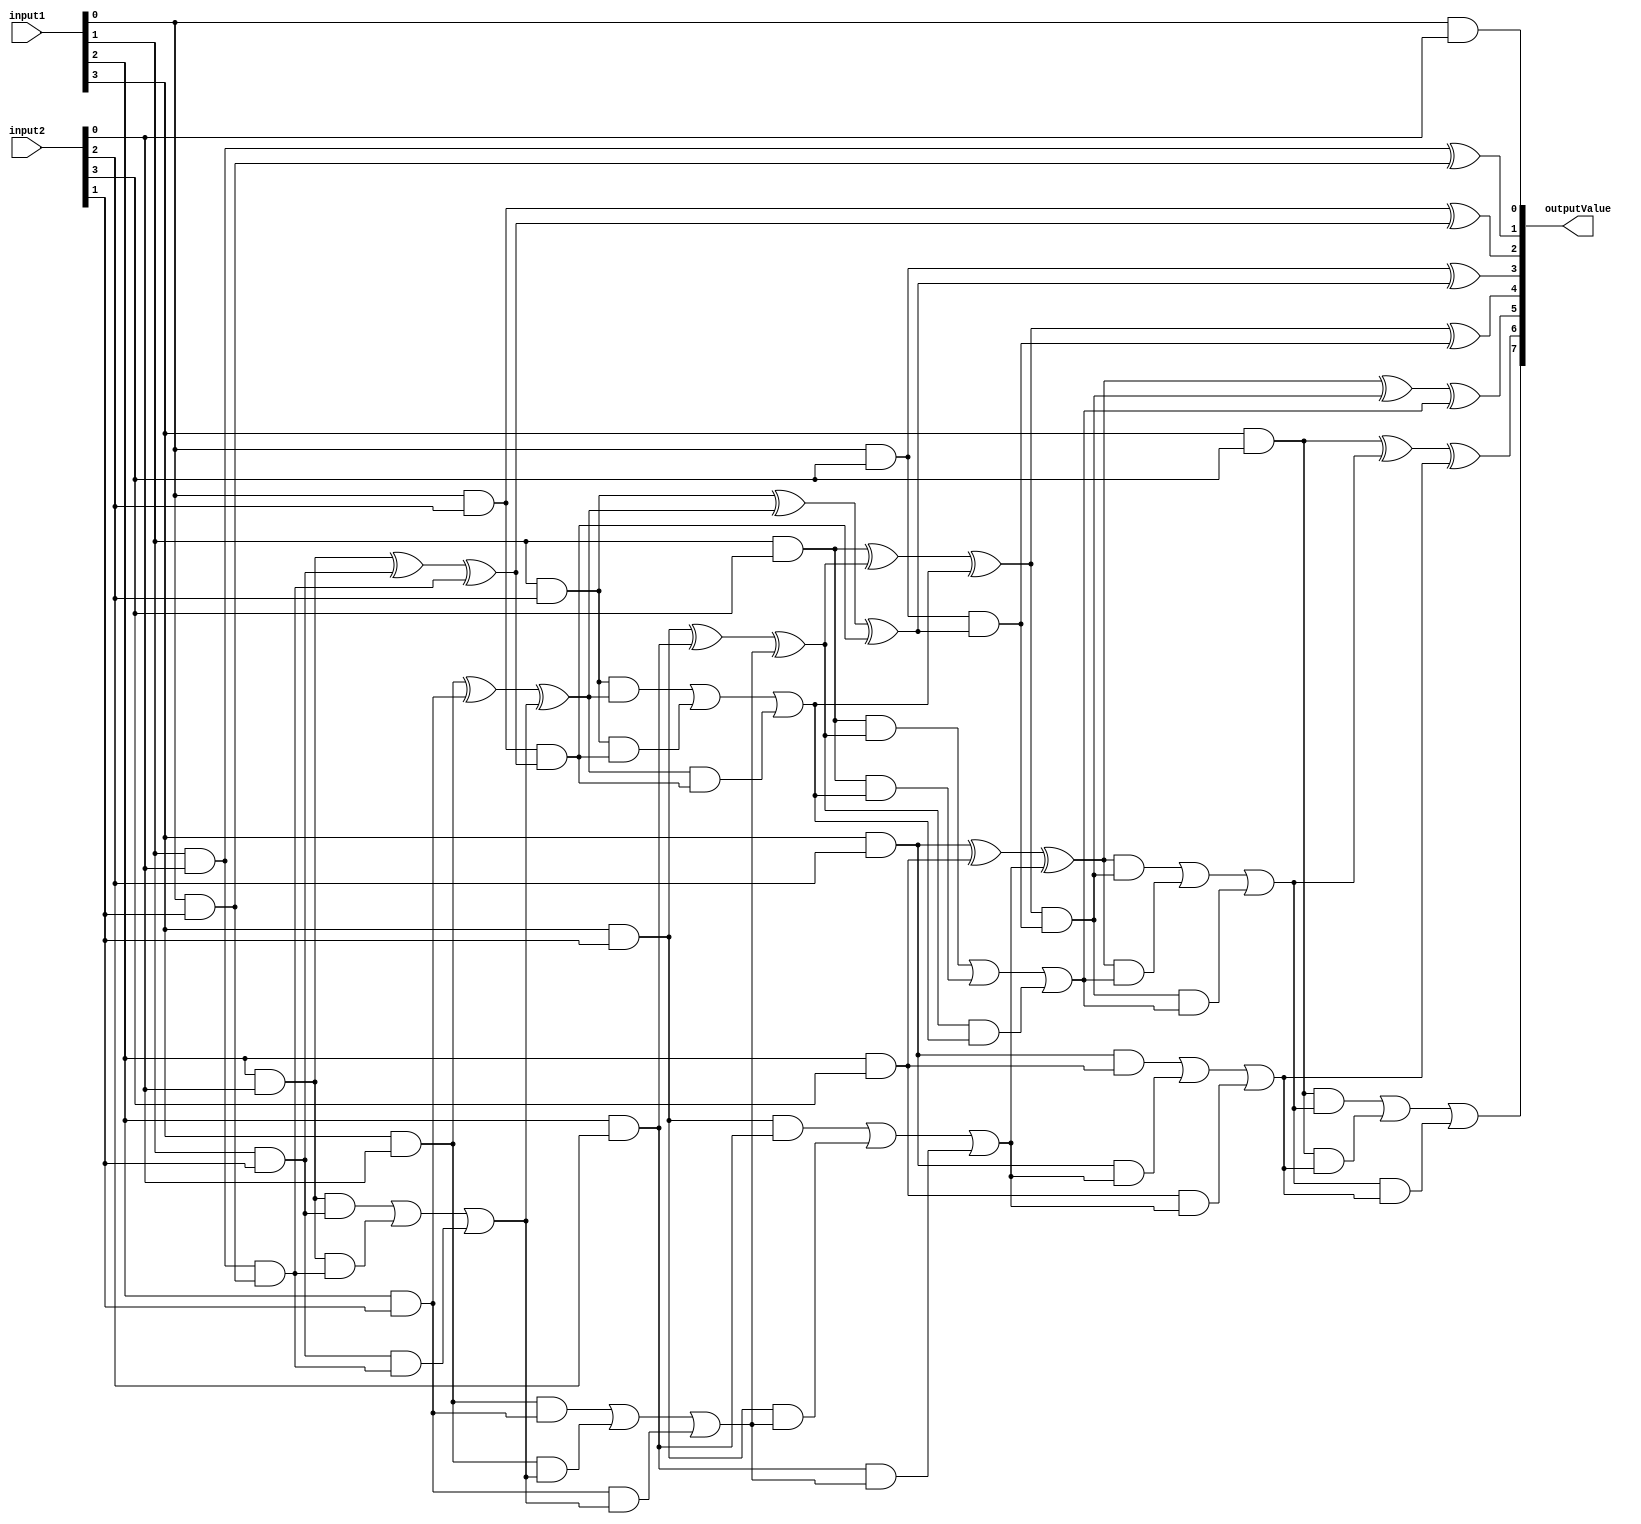
module Multiplier #(parameter DATA_WIDTH = 4) (
    input [DATA_WIDTH -1: 0] input1,
    input [DATA_WIDTH -1: 0] input2,
    output [DATA_WIDTH*2 -1: 0] outputValue
    );
    
    localparam total_adders = DATA_WIDTH * (DATA_WIDTH - 1);
    
    wire [total_adders -1: 0] carrys;
    wire [total_adders -1: 0] outputs;

    assign outputValue[0] = input1[0] & input2[0];
    
    function integer abs (input integer a);
        abs = a < 0 ? -a : a;
    endfunction
    
    function integer getAddersFromRight (input integer column);
        getAddersFromRight = (column < DATA_WIDTH - 1 ? (column) * (column + 1) / 2 : DATA_WIDTH * (DATA_WIDTH - 1) / 2) + (column < DATA_WIDTH - 1 ? 0 : DATA_WIDTH * (DATA_WIDTH - 1) / 2 - ((DATA_WIDTH - abs(column - DATA_WIDTH + 1) - 1) * ((DATA_WIDTH - abs(column - DATA_WIDTH + 1) - 1) + 1) / 2));                
    endfunction
    
    function integer getAdderIndex (input integer column, row);
        getAdderIndex = getAddersFromRight(column) + row;
    endfunction
                
    generate
        genvar i, j;
        for (i=0; i < 2 * (DATA_WIDTH - 1); i = i + 1) begin: columns_loop
            localparam adders_quantity = i < DATA_WIDTH - 1 ? i + 1 : 2*DATA_WIDTH - i - 2;
            localparam elements_quantity = DATA_WIDTH - abs(i - DATA_WIDTH + 2);
            
            for (j=0; j < adders_quantity; j = j + 1) begin: adders_loop
                wire input1Adder;
                wire input2Adder;
                wire outputAdder;
                wire carryAdder;
                localparam input_elements_quantity = j == 0 ? (i == 2 * (DATA_WIDTH - 1) - 1 ? 1 : 2) : (i < DATA_WIDTH - 1 | j <= elements_quantity - 2 ? 1 : 0);
                
                if (input_elements_quantity > 0) begin
                    localparam heightFix = i < DATA_WIDTH - 1 ? 0 : i - DATA_WIDTH + 2;
                    localparam padding = j == 0 ? 0 : j + 1;
                    localparam bIndex = heightFix + padding;
                    localparam aIndex = i - bIndex + 1;
                    assign input1Adder = input1[aIndex] & input2[bIndex];
                    
                    if (input_elements_quantity == 2) begin
                        localparam heightFix2 = i < DATA_WIDTH - 1 ? 0 : i - DATA_WIDTH + 2;
                        localparam padding2 = padding + 1;
                        localparam bIndex2 = heightFix2 + padding2;
                        localparam aIndex2 = i - bIndex2 + 1;
                        assign input2Adder = input1[aIndex2] & input2[bIndex2];
                    end else if (i < DATA_WIDTH - 1 | j != adders_quantity - 1) begin
                        localparam topAdderIndex = getAdderIndex(i, j - 1);
                        assign input2Adder = outputs[topAdderIndex];
                    end
                    
                end else begin
                    localparam topAdderIndex = getAdderIndex(i, j - 1);
                    assign input1Adder = outputs[topAdderIndex];
                end
                    
                if (input_elements_quantity == 0 | i == 2 * (DATA_WIDTH - 1) - 1) begin
                    localparam lastAdderFromRightIndex = getAddersFromRight(i) - 1;
                    assign input2Adder = carrys[lastAdderFromRightIndex];
                end
                
                if (i < DATA_WIDTH & j == adders_quantity - 1) begin                    
                    assign outputAdder = input1Adder ^ input2Adder;
                    assign carryAdder = input1Adder & input2Adder;
                end else begin
                    localparam rightAdderIndex = getAdderIndex(i - 1, j);
                    wire carryIn = carrys[rightAdderIndex];

                    assign outputAdder = input1Adder ^ input2Adder ^ carryIn;
                    assign carryAdder = (input1Adder & input2Adder) | (input1Adder & carryIn) | (input2Adder & carryIn);
                end
                
                if (j == adders_quantity - 1) begin
                    assign outputValue[i + 1] = outputAdder;
                end
                
                if (i == 2 * (DATA_WIDTH - 1) - 1) begin
                    assign outputValue[DATA_WIDTH*2 -1] = carryAdder;
                end
                
                localparam currentIndex = getAdderIndex(i, j);
                assign outputs[currentIndex] = outputAdder;
                assign carrys[currentIndex] = carryAdder;
                    
            end
        end
    endgenerate

endmodule